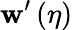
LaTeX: \mathbf{w}^{\prime}\left(\eta\right)